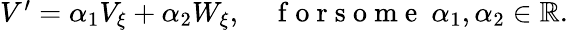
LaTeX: \begin{array}{r}{V^{\prime}=\alpha_{1}V_{\xi}+\alpha_{2}W_{\xi},\quad\mathrm{~f~o~r~s~o~m~e~}~\alpha_{1},\alpha_{2}\in\mathbb{R}.}\end{array}